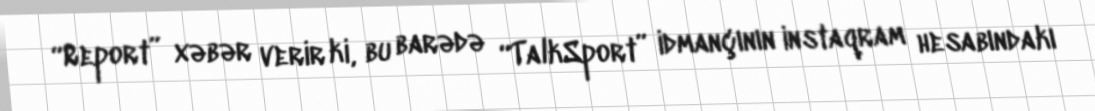
“Report” xəbər verir ki, bu barədə “TalkSport” idmançının instaqram hesabındakı